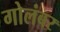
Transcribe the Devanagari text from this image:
गोलंबर